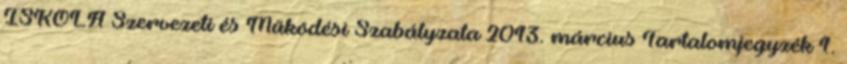
ISKOLA Szervezeti és Működési Szabályzata 2013. március Tartalomjegyzék 1.